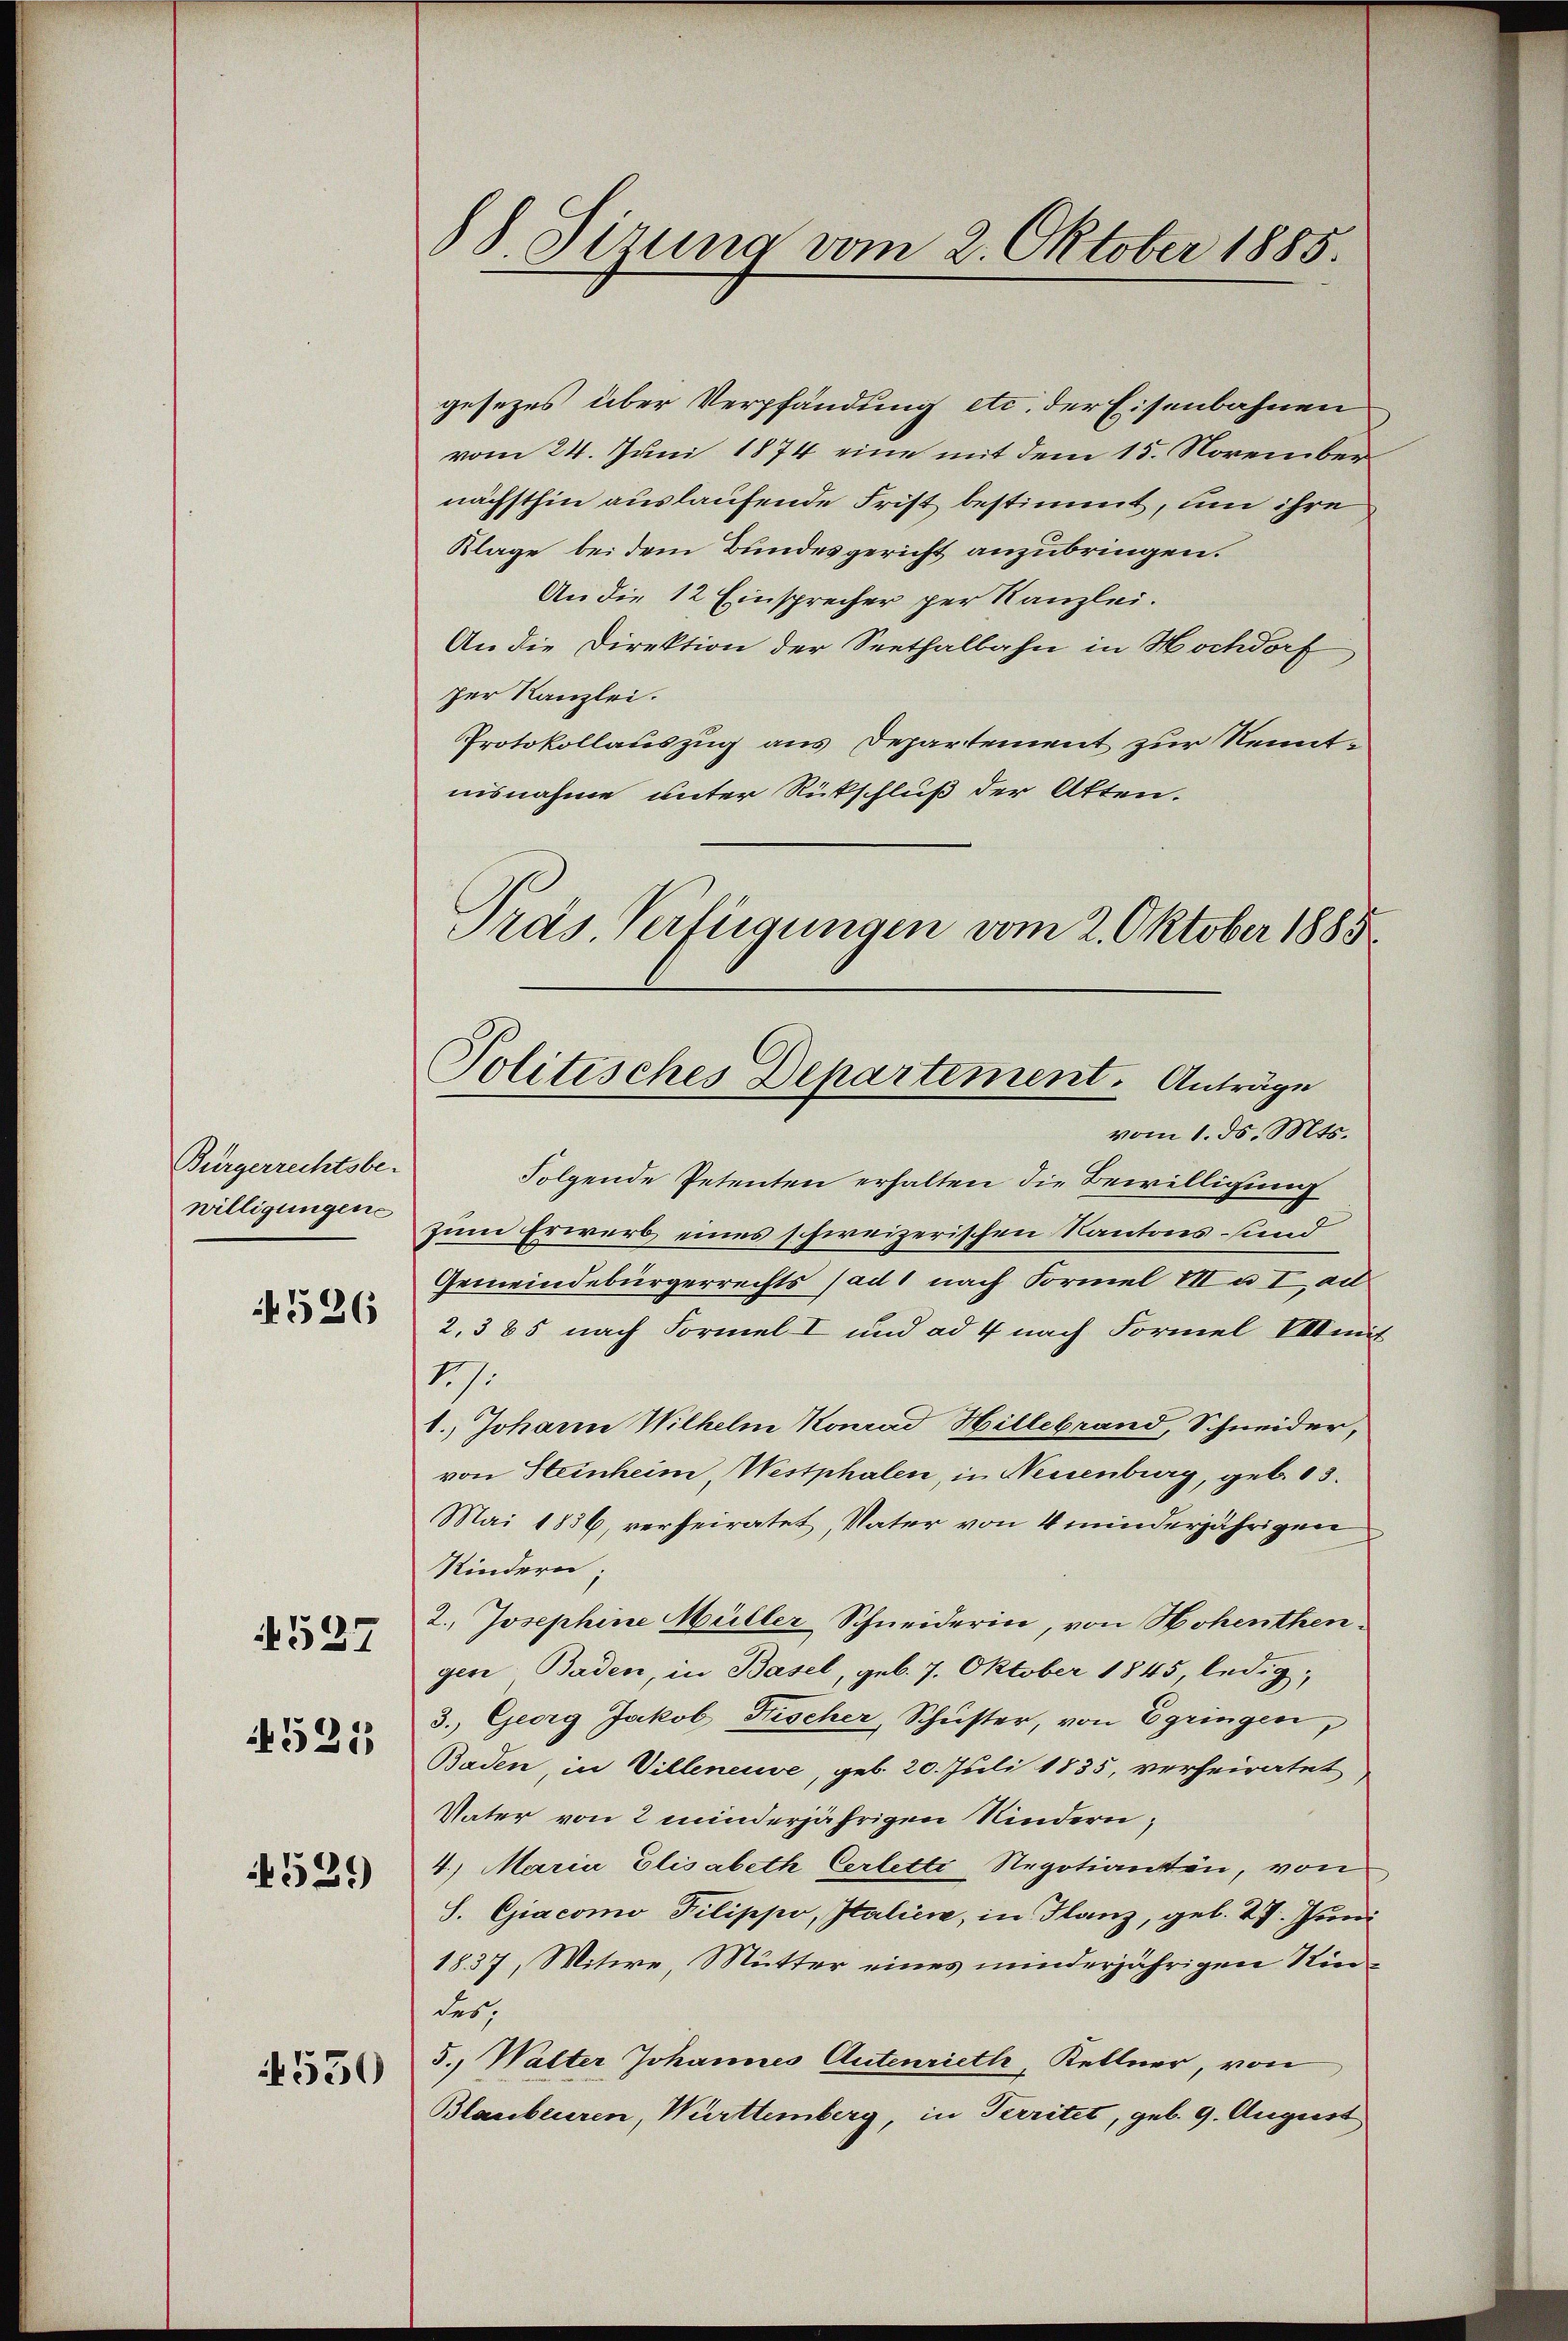
Bürgerrechtsbewilligungen

4526

4527

4521

4529

4550

88. Sirung vom 2. Oktober 1885.

gesezes über Verpfändung etc. der Eisenbahnen
vom 24. Juni 1874 eine mit dem 15. Novembernächsthin auslaufende Frist bestimmt, um ihre
Klage bei dem Bundesgericht anzubringen.
An die 12 Einsprecher per Kanzlei.
An die Direktion der Seethalbahn in Hochdorf
per Kanzlei.
Protokollauszug aus Departement zur Kenntnisnahme unter Rückschluß der Atten.
Pras. Verfügungen vom 2. Oktober 1885

Politisches Departement. Anträge

vom 1. ds. Mts.
Folgende Petenten erhalten die Bewilligung
zum Erwerb eines schweizerischen Kantons sind
Gemeindebürgerrechts sad1 nach Formel III a Iad
2,385 nach Formel I und ad 4 nach Formel VII
47.
1., Johann Wilhelm Konrad Hillebrand, Schneider,
von Steinheim Westphalen, in Neuenburg, geb. 13.
Mai 1836, verheiratet, Vater von 4 minderjährigen
Kindern;
2., Josephine Müller-Schneiderin, von Hohenthengen Baden, in Basel, geb. 7. Oktober 1845 ledig,
3. Georg Jakob Fischer, Schŭster, von Egringen,
Baden, in Villeneuve, geb. 20. Juli 1835, verheiratet
Vater von 2 minderjährigen Kindern,
4.) Maria Elisabeth Cerletti Regotianten, von
S. Giacomo Pilippo, Italien, in Flanz, geb. 27. Juni
1837, Witwe, Mutter eines minderjährigen Kin
des,
5., Walter Johannes Autenrieth, Kellner, von
Blaubenren, Württemberg, in Territet, geb. 9. August